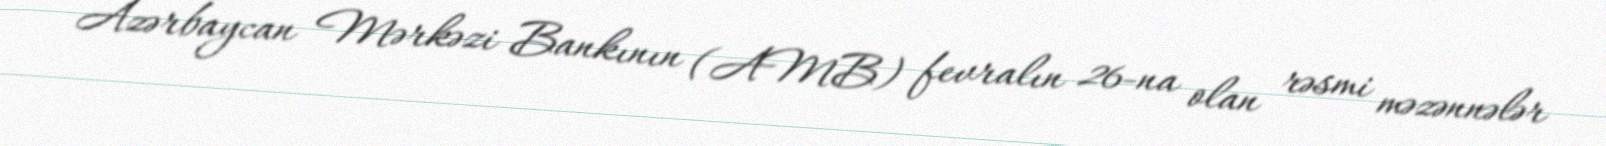
Azərbaycan Mərkəzi Bankının (AMB) fevralın 26-na olan rəsmi məzənnələr